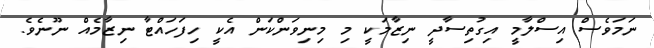
ނަމަވެސް އިސްލާމީ އިގުތިސާދީ ނިޒާމަކީ މި މިނިވަންކަން އެކީ ހިފަހައްޓާ ނިޒާމެއް ނޫނެވެ.